Report of the Indian Hemp Drugs Commission, 1894-1895 - Volume VIII
Year: 1894
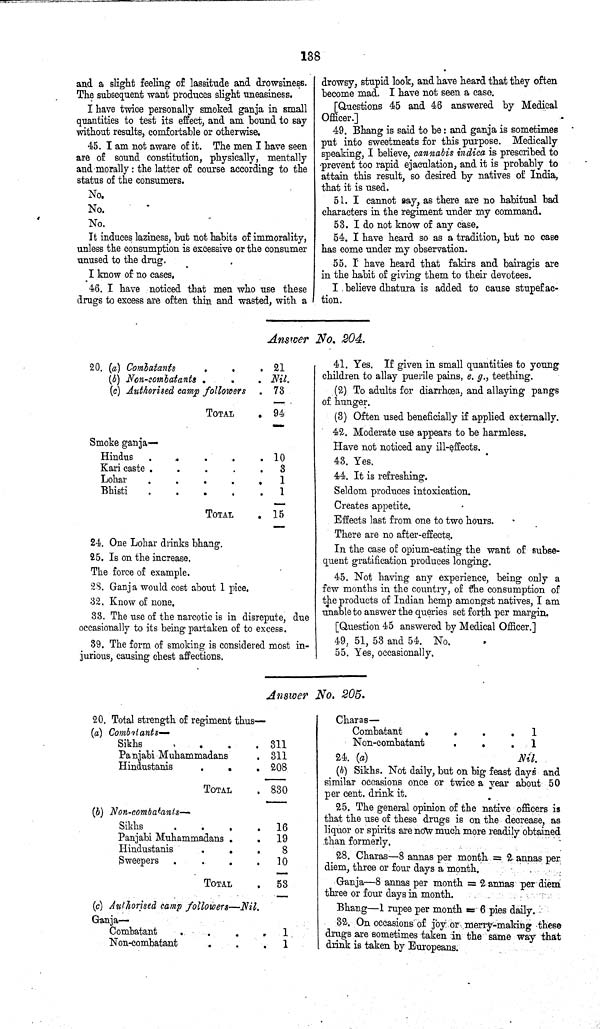
138
and a slight feeling of lassitude and drowsiness.
The subsequent want produces slight uneasiness.
I have twice personally smoked ganja in small
quantities to test its effect, and am bound to say
without results, comfortable or otherwise.
45. I am not aware of it. The men I have seen
are of sound constitution, physically, mentally
and morally; the latter of course according to the
status of the consumers.
No.
No.
No.
It induces laziness, but not habits of immorality,
unless the consumption is excessive or the consumer
unused to the drug.
I know of no cases.
46. I have noticed that men who use these
drugs to excess are often thin and wasted, with a
drowsy, stupid look, and have heard that they often
become mad. I have not seen a case.
[Questions 45 and 46 answered by Medical
Officer.]
49. Bhang is said to be: and ganja is sometimes
put into sweetmeats for this purpose. Medically
speaking, I believe, cannabis indica is prescribed to
prevent too rapid ejaculation, and it is probably to
attain this result, so desired by natives of India,
that it is used.
51. I cannot say, as there are no habitual bad
characters in the regiment under my command.
53. I do not know of any case.
54. I have heard so as a tradition, but no case
has come under my observation.
55. I have heard that fakirs and bairagis are
in the habit of giving them to their devotees.
I believe dhatura is added to cause stupefac¬
tion.
Answer No. 204.
20. (a) Combatants
21
(b) Non-combatants
Nil.
(c) Authorised camp followers
73
TOTAL
94
Smoke ganja—
Hindus
10
Kari caste
3
Lohar
1
Bhisti
1
TOTAL
15
24. One Lohar drinks bhang.
25. Is on the increase.
The force of example.
28. Ganja would cost about 1 pice.
32. Know of none.
33. The use of the narcotic is in disrepute, due
occasionally to its being partaken of to excess.
39. The form of smoking is considered most in¬
jurious, causing chest affections.
41. Yes. If given in small quantities to young
children to allay puerile pains, e. g., teething.
(2) To adults for diarrhœa, and allaying pangs
of hunger.
(3) Often used beneficially if applied externally.
42. Moderate use appears to be harmless.
Have not noticed any ill-effects.
43. Yes.
44. It is refreshing.
Seldom produces intoxication.
Creates appetite.
Effects last from one to two hours.
There are no after-effects.
In the case of opium-eating the want of subse¬
quent gratification produces longing.
45. Not having any experience, being only a
few months in the country, of the consumption of
the products of Indian hemp amongst natives, I am
unable to answer the queries set forth per margin,
[Question 45 answered by Medical Officer.]
49, 51, 53 and 54. No.
55. Yes, occasionally.
Answer No. 205.
20. Total strength of regiment thus—
(a) Combatants—
Sikhs
311
Panjabi Muhammadans
311
Hindustanis
208
TOTAL
830
(b) Non-combatants—
Sikhs
16
Panjabi Muhammadans
19
Hindustanis
8
Sweepers
10
TOTAL
53
(c) Authorised camp followers—Nil.
Ganja—
Combatant
1
Non-combatant
1
Charas—
Combatant
1
Non-combatant
1
24. (a)
Nil.
(b) Sikhs. Not daily, but on big feast days and
similar occasions once or twice a year about 50
per cent. drink it.
25. The general opinion of the native officers is
that the use of these drugs is on the decrease, as
liquor or spirits are now much more readily obtained
than formerly.
28. Charas—8 annas per month = 2 annas per
diem, three or four days a month.
Ganja—8 annas per month = 2 annas per diem
three or four days in month.
Bhang—1 rupee per month = 6 pies daily.
32. On occasions of joy or merry-making these
drugs are sometimes taken in the same way that
drink is taken by Europeans.